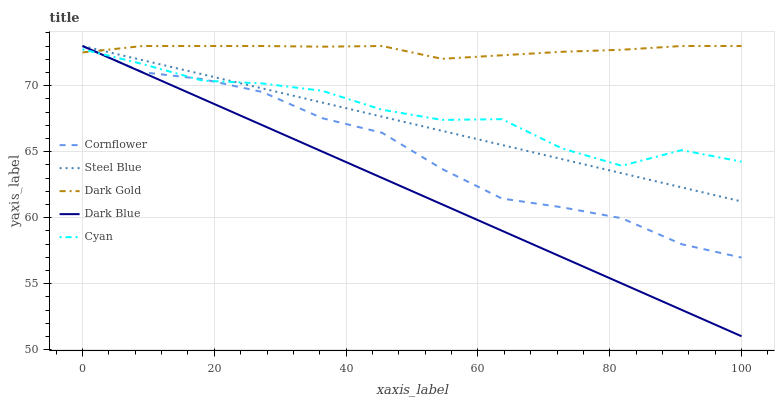
| xaxis_label | Cornflower | Steel Blue | Dark Gold | Dark Blue | Cyan |
 | --- | --- | --- | --- | --- | --- |
 | 0 | 73 | 73 | 72.5 | 73 | 72.8 |
 | 9.09 | 71 | 71.9 | 73 | 71 | 71.6 |
 | 18.2 | 70.5 | 70.9 | 73 | 69 | 70.4 |
 | 27.3 | 69.5 | 69.8 | 73 | 67 | 70.2 |
 | 36.4 | 67.5 | 68.7 | 72.9 | 65 | 69.6 |
 | 45.5 | 66.4 | 67.6 | 73 | 63 | 68.2 |
 | 54.5 | 63.7 | 66.6 | 72 | 61 | 67.4 |
 | 63.6 | 61.4 | 65.5 | 72.3 | 59 | 67.5 |
 | 72.7 | 60.8 | 64.4 | 72.6 | 57 | 65.3 |
 | 81.8 | 60 | 63.4 | 72.7 | 55 | 63.9 |
 | 90.9 | 58 | 62.3 | 73 | 53 | 65.1 |
 | 100 | 57 | 61.2 | 73 | 51 | 64.2 |